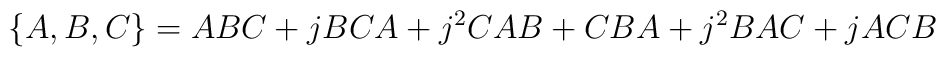
\{A,B,C\}=ABC+jBCA+j^2CAB+CBA+j^2BAC+jACB